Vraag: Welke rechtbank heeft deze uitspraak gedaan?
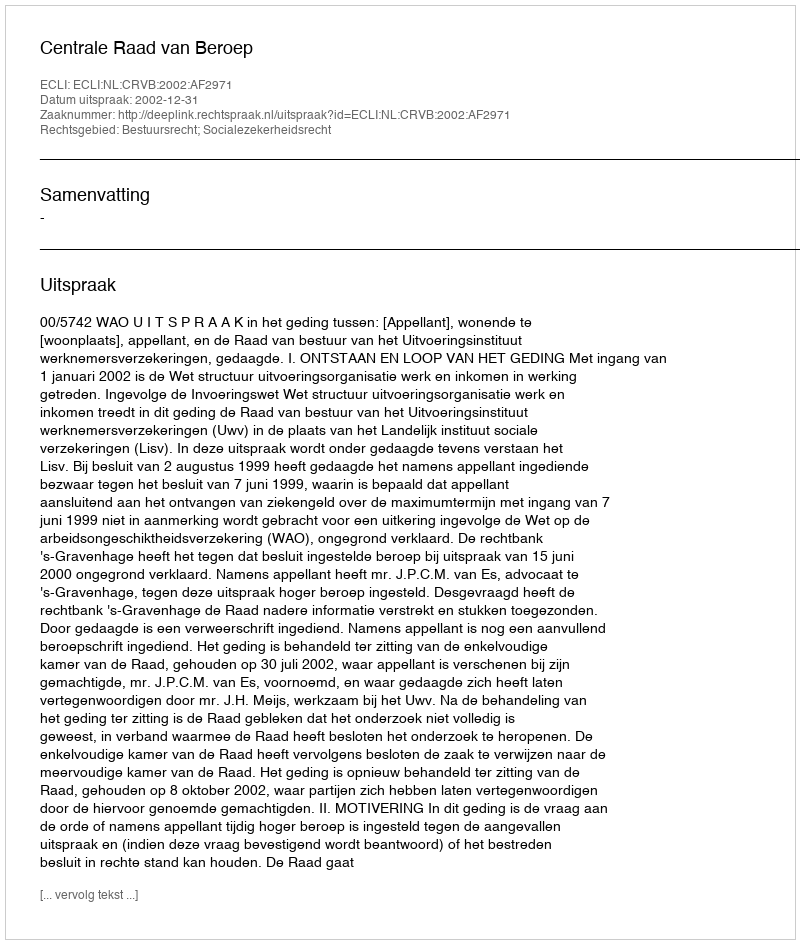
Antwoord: Centrale Raad van Beroep